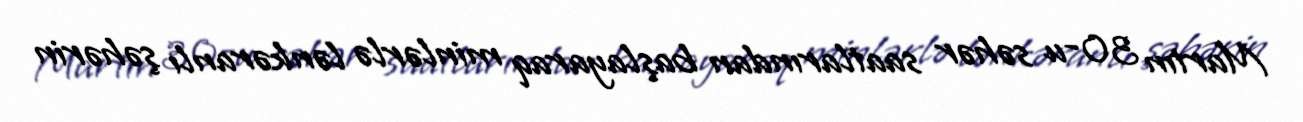
Martın 30-u səhər saatlarından başlayaraq minlərlə lənkəranlı şəhərin